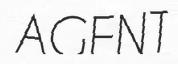
AGENT